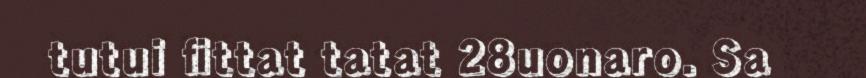
tutui fittat tatat 28uonaro. Sa